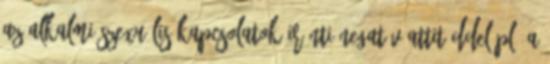
az alkalmi szexuális kapcsolatok iránti negatív attitűddel pl. a